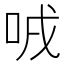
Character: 㖅